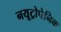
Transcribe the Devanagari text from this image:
नयूट्रोपेनिक